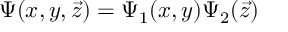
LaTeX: \Psi ( x , y , \vec { z } ) = \Psi _ { 1 } ( x , y ) \Psi _ { 2 } ( \vec { z } )